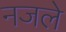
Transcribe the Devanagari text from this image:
नजले